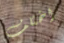
اختلف